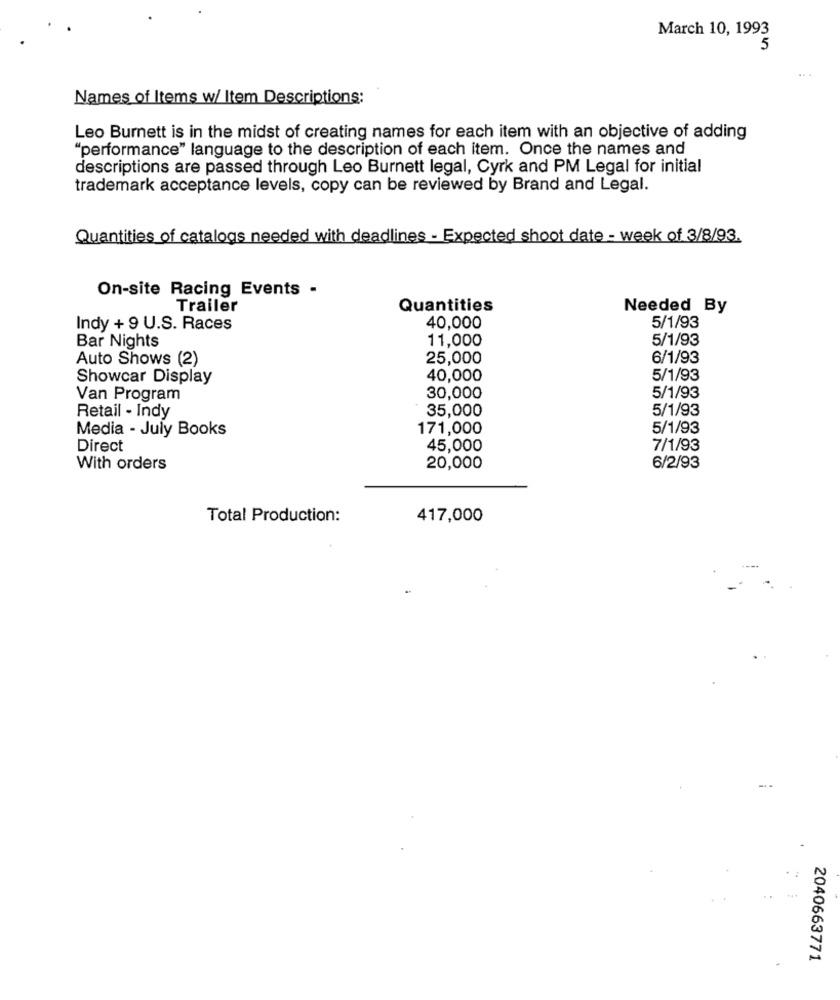
March 10, 1993
5
Names of Items w/ Item Descriptions:
Leo Burnett is in the midst of creating names for each item with an objective of adding
"performance" language to the description of each item. Once the names and
descriptions are passed through Leo Burnett legal, Cyrk and PM Legal for initial
trademark acceptance levels, copy can be reviewed by Brand and Legal.
Quantities of catalogs needed with deadlines - Expected shoot date - week of 3/8/93.
On-site Racing Events -
Trailer
Quantities
Needed By
Indy + 9 U.S. Races
40,000
5/1/93
5/1/93
Bar Nights
11,000
Auto Shows (2)
25,000
6/1/93
Showcar Display
40,000
5/1/93
Van Program
30,000
5/1/93
35,000
5/1/93
Retail - Indy
Media - July Books
171,000
5/1/93
Direct
45,000
7/1/93
With orders
20,000
6/2/93
Total Production:
417,000
2040663771